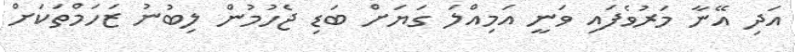
އަދި އޭނާ މަރުވެފައި ވަނީ އަމިއްލަ ގަޔަށް ބަޑި ޖެހުމުން ލިބުނު ޒަހަމްތަކަށް